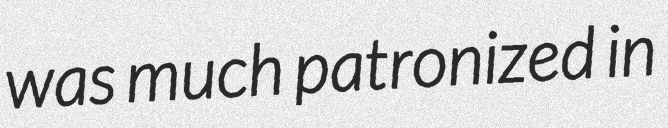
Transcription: was much patronized in